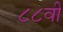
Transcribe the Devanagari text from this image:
८८वी